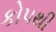
કોપથી